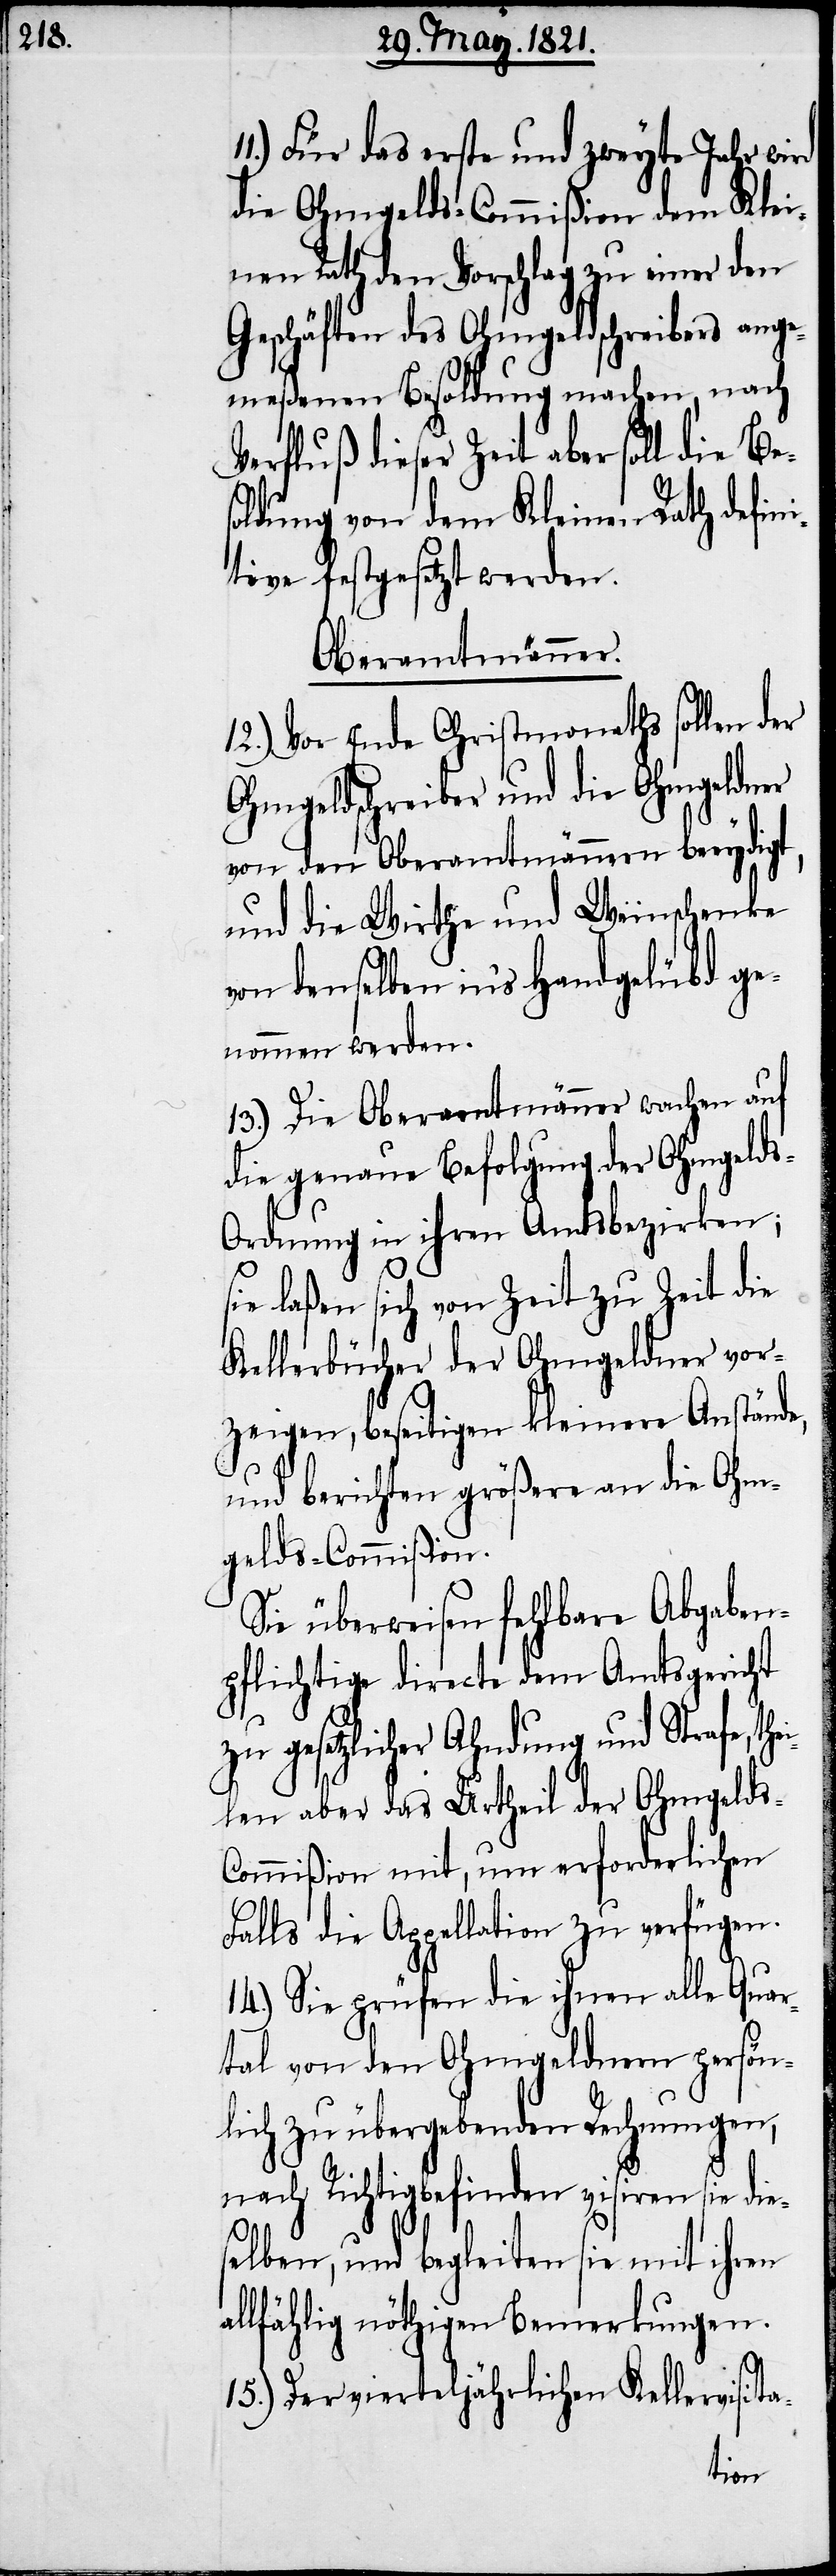
a¬
11.) Für das erste und zweyte Jahr wird
die Ohmgelds-Commißion dem Klei¬
nen Rath den Vorschlag zu einer den
Geschäften des Ohmgeldschreibers ange¬
meßenen Besoldung machen, nach
Verfluß dieser Zeit aber soll die Be¬
soldung von dem Kleinen Rath defin¬
itive festgesetzt werden.
Oberamtmänner.
12.) Vor Ende Christmonaths sollen der
Ohmgeldsschreiber und die Ohmgeldner
von den Oberamtmännern beeydigt,
und die Wirthe und Weinschenke
von denselben in’s Handgelübd ge¬
nommen werden.
13.) Die Oberamtmänner wachen auf
die genaue Befolgung der Ohmgeld¬
s-Ordnung in ihren Amtsbezirken;
sie laßen sich von Zeit zu Zeit die
Kellerbücher der Ohmgeldner vor¬
zeigen, beseitigen kleinere Anstände,
und berichten größere an die Ohm¬
gelds-Commißion.
Sie überweisen fehlbare Abgaben¬
pflichtige directe dem Amtsgericht
zu gesetzlicher Ahndung und Strafe, th¬
eilen aber das Urtheil der Ohmgelds-C¬
ommißion mit, um erforderlichen
Falls die Appellation zu verfügen.
14.) Sie prüfen die ihnen alle Quar¬
tal von den Ohmgeldnern persön¬
lich zu übergebenden Rechnungen,
nach Richtigbefinden visiren sie
selben, und begleiten sie mit ihren
llfällig nöthigen Bemerkungen.
15.) Der vierteljährlichen Kellervisita-